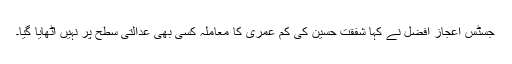
جسٹس اعجاز افضل نے کہا شفقت حسین کی کم عمری کا معاملہ کسی بھی عدالتی سطح پر نہیں اٹھایا گیا۔